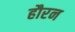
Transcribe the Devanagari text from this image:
हौरन